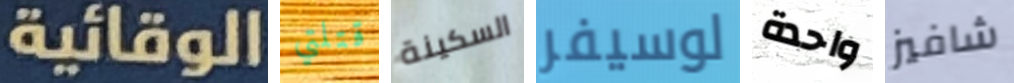
الوقائية قتلتي السكينة لوسيفر واحدة شافيز